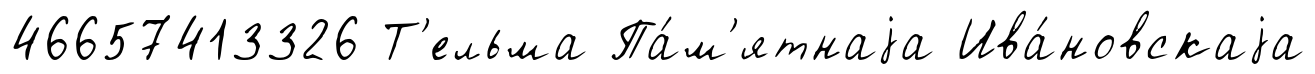
46657413326 Т'ельма Па́м'ятнаjа Ива́новскаjа